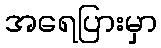
အရေပြားမှာ